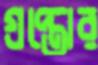
গ্রপ্তোর